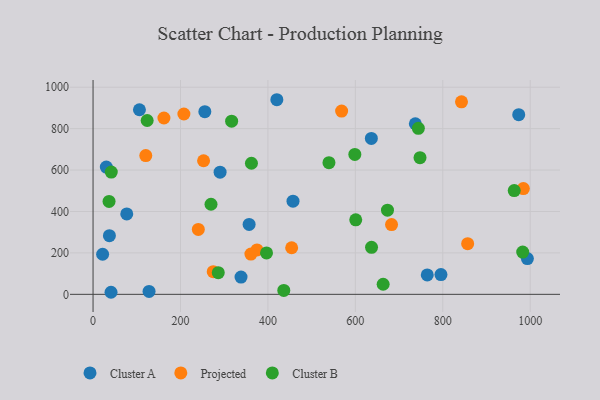
{"axis": {"x": "Distance", "y": "Exam Score"}, "legend": ["Cluster A", "Cluster B", "Projected"], "data": [{"x": "636.6", "y": 752.9, "type": "Cluster A"}, {"x": "357.0", "y": 337.3, "type": "Cluster A"}, {"x": "106.1", "y": 891.3, "type": "Cluster A"}, {"x": "993.5", "y": 172.4, "type": "Cluster A"}, {"x": "21.9", "y": 193.5, "type": "Cluster A"}, {"x": "795.8", "y": 95.4, "type": "Cluster A"}, {"x": "37.4", "y": 283.4, "type": "Cluster A"}, {"x": "30.4", "y": 614.2, "type": "Cluster A"}, {"x": "255.7", "y": 882.0, "type": "Cluster A"}, {"x": "420.4", "y": 939.6, "type": "Cluster A"}, {"x": "338.5", "y": 83.2, "type": "Cluster A"}, {"x": "128.1", "y": 13.8, "type": "Cluster A"}, {"x": "290.6", "y": 589.9, "type": "Cluster A"}, {"x": "764.5", "y": 93.5, "type": "Cluster A"}, {"x": "457.4", "y": 450.0, "type": "Cluster A"}, {"x": "77.1", "y": 388.0, "type": "Cluster A"}, {"x": "973.7", "y": 867.5, "type": "Cluster A"}, {"x": "41.1", "y": 9.9, "type": "Cluster A"}, {"x": "737.2", "y": 823.5, "type": "Cluster A"}, {"x": "454.3", "y": 224.9, "type": "Projected"}, {"x": "856.9", "y": 244.7, "type": "Projected"}, {"x": "984.3", "y": 510.4, "type": "Projected"}, {"x": "682.8", "y": 337.0, "type": "Projected"}, {"x": "375.0", "y": 214.6, "type": "Projected"}, {"x": "568.6", "y": 884.7, "type": "Projected"}, {"x": "162.1", "y": 851.4, "type": "Projected"}, {"x": "252.8", "y": 645.0, "type": "Projected"}, {"x": "361.1", "y": 194.3, "type": "Projected"}, {"x": "274.9", "y": 109.4, "type": "Projected"}, {"x": "120.6", "y": 669.8, "type": "Projected"}, {"x": "240.8", "y": 313.2, "type": "Projected"}, {"x": "842.8", "y": 929.3, "type": "Projected"}, {"x": "207.8", "y": 870.7, "type": "Projected"}, {"x": "317.0", "y": 836.2, "type": "Cluster B"}, {"x": "744.1", "y": 801.7, "type": "Cluster B"}, {"x": "539.6", "y": 635.5, "type": "Cluster B"}, {"x": "269.8", "y": 435.0, "type": "Cluster B"}, {"x": "673.5", "y": 406.4, "type": "Cluster B"}, {"x": "41.7", "y": 590.5, "type": "Cluster B"}, {"x": "36.6", "y": 448.7, "type": "Cluster B"}, {"x": "396.8", "y": 199.9, "type": "Cluster B"}, {"x": "598.8", "y": 675.7, "type": "Cluster B"}, {"x": "747.9", "y": 659.7, "type": "Cluster B"}, {"x": "663.6", "y": 48.7, "type": "Cluster B"}, {"x": "436.3", "y": 19.0, "type": "Cluster B"}, {"x": "637.0", "y": 226.7, "type": "Cluster B"}, {"x": "963.4", "y": 501.0, "type": "Cluster B"}, {"x": "362.3", "y": 632.9, "type": "Cluster B"}, {"x": "286.4", "y": 104.6, "type": "Cluster B"}, {"x": "600.9", "y": 359.9, "type": "Cluster B"}, {"x": "982.8", "y": 204.2, "type": "Cluster B"}, {"x": "123.8", "y": 839.3, "type": "Cluster B"}]}